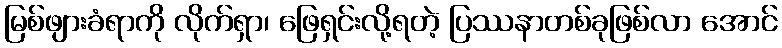
မြစ်ဖျားခံရာကို လိုက်ရှာ၊ ဖြေရှင်းလို့ရတဲ့ ပြဿနာတစ်ခုဖြစ်လာ အောင်